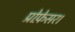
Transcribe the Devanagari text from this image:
प्रोफ़ेसर।